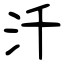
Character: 汘